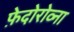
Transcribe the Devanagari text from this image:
फ़ेदोरोव्ना